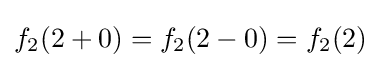
f_{2}(2+0)=f_{2}(2-0)=f_{2}(2)